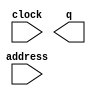
// megafunction wizard: %ROM: 1-PORT%VBB%
// GENERATION: STANDARD
// VERSION: WM1.0
// MODULE: altsyncram 

// ============================================================
// Megafunction Name(s):
// 			altsyncram
//
// Simulation Library Files(s):
// 			altera_mf
// ============================================================
// ************************************************************
// THIS IS A WIZARD-GENERATED FILE. DO NOT EDIT THIS FILE!
//
// 17.0.0 Build 595 04/25/2017 SJ Lite Edition
// ************************************************************

//Copyright (C) 2017  Intel Corporation. All rights reserved.
//Your use of Intel Corporation's design tools, logic functions 
//and other software and tools, and its AMPP partner logic 
//functions, and any output files from any of the foregoing 
//(including device programming or simulation files), and any 
//associated documentation or information are expressly subject 
//to the terms and conditions of the Intel Program License 
//Subscription Agreement, the Intel Quartus Prime License Agreement,
//the Intel MegaCore Function License Agreement, or other 
//applicable license agreement, including, without limitation, 
//that your use is for the sole purpose of programming logic 
//devices manufactured by Intel and sold by Intel or its 
//authorized distributors.  Please refer to the applicable 
//agreement for further details.

module secondrom (
	address,
	clock,
	q);

	input	[12:0]  address;
	input	  clock;
	output	[23:0]  q;
`ifndef ALTERA_RESERVED_QIS
// synopsys translate_off
`endif
	tri1	  clock;
`ifndef ALTERA_RESERVED_QIS
// synopsys translate_on
`endif

endmodule

// ============================================================
// CNX file retrieval info
// ============================================================
// Retrieval info: PRIVATE: ADDRESSSTALL_A NUMERIC "0"
// Retrieval info: PRIVATE: AclrAddr NUMERIC "0"
// Retrieval info: PRIVATE: AclrByte NUMERIC "0"
// Retrieval info: PRIVATE: AclrOutput NUMERIC "0"
// Retrieval info: PRIVATE: BYTE_ENABLE NUMERIC "0"
// Retrieval info: PRIVATE: BYTE_SIZE NUMERIC "8"
// Retrieval info: PRIVATE: BlankMemory NUMERIC "0"
// Retrieval info: PRIVATE: CLOCK_ENABLE_INPUT_A NUMERIC "0"
// Retrieval info: PRIVATE: CLOCK_ENABLE_OUTPUT_A NUMERIC "0"
// Retrieval info: PRIVATE: Clken NUMERIC "0"
// Retrieval info: PRIVATE: IMPLEMENT_IN_LES NUMERIC "0"
// Retrieval info: PRIVATE: INIT_FILE_LAYOUT STRING "PORT_A"
// Retrieval info: PRIVATE: INIT_TO_SIM_X NUMERIC "0"
// Retrieval info: PRIVATE: INTENDED_DEVICE_FAMILY STRING "Cyclone V"
// Retrieval info: PRIVATE: JTAG_ENABLED NUMERIC "0"
// Retrieval info: PRIVATE: JTAG_ID STRING "NONE"
// Retrieval info: PRIVATE: MAXIMUM_DEPTH NUMERIC "0"
// Retrieval info: PRIVATE: MIFfilename STRING "note_data2.mif"
// Retrieval info: PRIVATE: NUMWORDS_A NUMERIC "4800"
// Retrieval info: PRIVATE: RAM_BLOCK_TYPE NUMERIC "2"
// Retrieval info: PRIVATE: RegAddr NUMERIC "1"
// Retrieval info: PRIVATE: RegOutput NUMERIC "1"
// Retrieval info: PRIVATE: SYNTH_WRAPPER_GEN_POSTFIX STRING "0"
// Retrieval info: PRIVATE: SingleClock NUMERIC "1"
// Retrieval info: PRIVATE: UseDQRAM NUMERIC "0"
// Retrieval info: PRIVATE: WidthAddr NUMERIC "13"
// Retrieval info: PRIVATE: WidthData NUMERIC "24"
// Retrieval info: PRIVATE: rden NUMERIC "0"
// Retrieval info: LIBRARY: altera_mf altera_mf.altera_mf_components.all
// Retrieval info: CONSTANT: ADDRESS_ACLR_A STRING "NONE"
// Retrieval info: CONSTANT: CLOCK_ENABLE_INPUT_A STRING "BYPASS"
// Retrieval info: CONSTANT: CLOCK_ENABLE_OUTPUT_A STRING "BYPASS"
// Retrieval info: CONSTANT: INIT_FILE STRING "note_data2.mif"
// Retrieval info: CONSTANT: INTENDED_DEVICE_FAMILY STRING "Cyclone V"
// Retrieval info: CONSTANT: LPM_HINT STRING "ENABLE_RUNTIME_MOD=NO"
// Retrieval info: CONSTANT: LPM_TYPE STRING "altsyncram"
// Retrieval info: CONSTANT: NUMWORDS_A NUMERIC "4800"
// Retrieval info: CONSTANT: OPERATION_MODE STRING "ROM"
// Retrieval info: CONSTANT: OUTDATA_ACLR_A STRING "NONE"
// Retrieval info: CONSTANT: OUTDATA_REG_A STRING "CLOCK0"
// Retrieval info: CONSTANT: RAM_BLOCK_TYPE STRING "M10K"
// Retrieval info: CONSTANT: WIDTHAD_A NUMERIC "13"
// Retrieval info: CONSTANT: WIDTH_A NUMERIC "24"
// Retrieval info: CONSTANT: WIDTH_BYTEENA_A NUMERIC "1"
// Retrieval info: USED_PORT: address 0 0 13 0 INPUT NODEFVAL "address[12..0]"
// Retrieval info: USED_PORT: clock 0 0 0 0 INPUT VCC "clock"
// Retrieval info: USED_PORT: q 0 0 24 0 OUTPUT NODEFVAL "q[23..0]"
// Retrieval info: CONNECT: @address_a 0 0 13 0 address 0 0 13 0
// Retrieval info: CONNECT: @clock0 0 0 0 0 clock 0 0 0 0
// Retrieval info: CONNECT: q 0 0 24 0 @q_a 0 0 24 0
// Retrieval info: GEN_FILE: TYPE_NORMAL secondrom.v TRUE
// Retrieval info: GEN_FILE: TYPE_NORMAL secondrom.inc FALSE
// Retrieval info: GEN_FILE: TYPE_NORMAL secondrom.cmp FALSE
// Retrieval info: GEN_FILE: TYPE_NORMAL secondrom.bsf FALSE
// Retrieval info: GEN_FILE: TYPE_NORMAL secondrom_inst.v FALSE
// Retrieval info: GEN_FILE: TYPE_NORMAL secondrom_bb.v TRUE
// Retrieval info: LIB_FILE: altera_mf